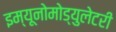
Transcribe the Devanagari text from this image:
इम्यूनोमोड्युलेटरी